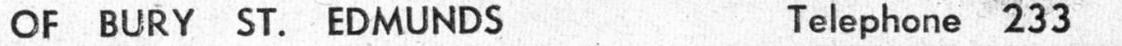
OF BURY ST. EDMUNDS Telsphone 233